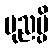
ပုညမ္ပိ